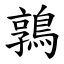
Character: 鶉